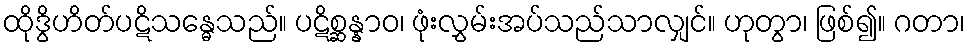
ထိုဒွိဟိတ်ပဋိသန္ဓေသည်။ ပဋိစ္ဆန္နာဝ၊ ဖုံးလွှမ်းအပ်သည်သာလျှင်။ ဟုတွာ၊ ဖြစ်၍။ ဂတာ၊